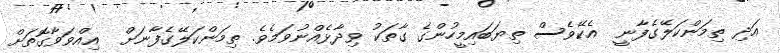
އަދި ތިމަންކަލޭގެފާނީ  އެކޭވެސް ތިޔަބައިމީހުންގެ ގާތަކު ވިދާޅެއްނުވަމެވެ. ތިމަންކަލޭގެފާނަށް  އިއްވަވާގޮތަށް